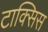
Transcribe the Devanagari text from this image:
टाक्सिस